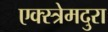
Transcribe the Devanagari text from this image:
एक्स्त्रेमदुरा